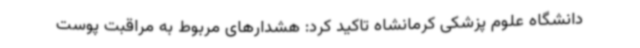
دانشگاه علوم پزشکی کرمانشاه تاکید کرد: هشدارهای مربوط به مراقبت پوست